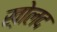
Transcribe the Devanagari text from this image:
ख़ोलद